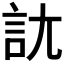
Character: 𧥩